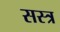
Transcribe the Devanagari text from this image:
सस्त्र